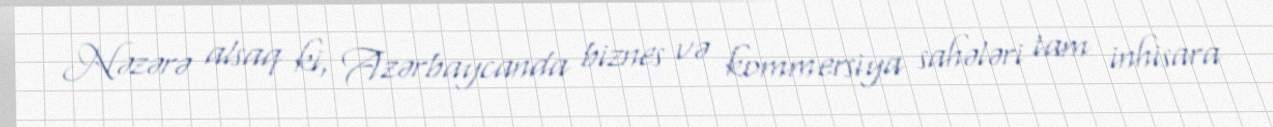
Nəzərə alsaq ki, Azərbaycanda biznes və kommersiya sahələri tam inhisara